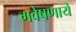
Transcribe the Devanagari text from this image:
गवेषणायें